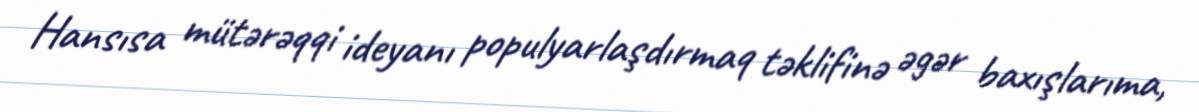
Hansısa mütərəqqi ideyanı populyarlaşdırmaq təklifinə əgər baxışlarıma,